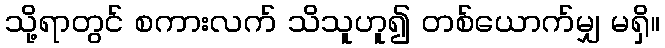
သို့ရာတွင် စကားလက် သိသူဟူ၍ တစ်ယောက်မျှ မရှိ။